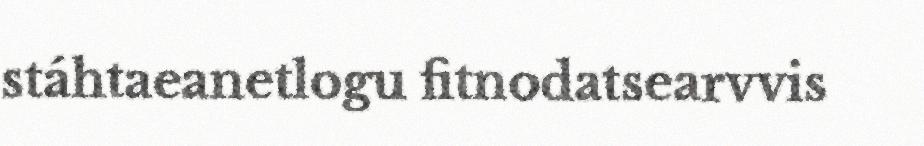
stáhtaeanetlogu fitnodatsearvvis